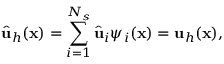
\widehat { \mathbf { u } } _ { h } ( \mathbf { x } ) = \sum _ { i = 1 } ^ { N _ { s } } \widehat { \mathbf { u } } _ { i } { \psi } _ { i } ( \mathbf { x } ) = \mathbf { u } _ { h } ( \mathbf { x } ) ,